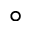
\circ